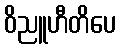
ဝိညူဟီတိပေ